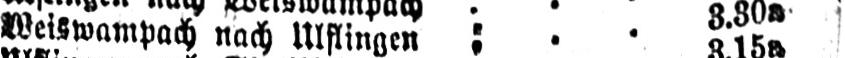
Weiswampach nach Ulflingen :.. 3.30a